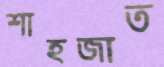
শাহজাত